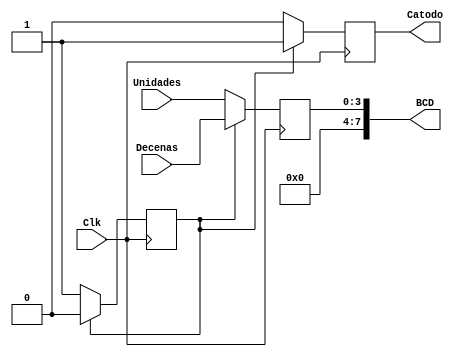
module Multiplexor(
    //Declaaramos y definimos entradas y salidas
    input [3:0] Unidades,
    input [3:0] Decenas,
    input wire Clk,
    //input wire SW,
    //input wire BtnM,
    output reg Catodo = 0,
    output reg [7:0] BCD = 0
    );
    reg x = 0;
    //reg modo_manual = 0;
 always @(posedge(Clk) ) // posedge = Flanco positivo de la sealposedge , posedge(SW),posedge(BtnM)
    begin
        //if (SW)
        begin
        if(x==0)
            begin 
                Catodo = 0;
                BCD = Unidades;
                x = 1;
            end
        else
        //if (SW)
            begin
                Catodo = 1;
                BCD = Decenas;
                x = 0;
            end
    end
    end
 
endmodule